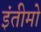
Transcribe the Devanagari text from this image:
इंतीमो